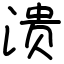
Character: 溃